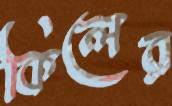
কিলের